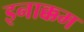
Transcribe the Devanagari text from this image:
इनाक्कम